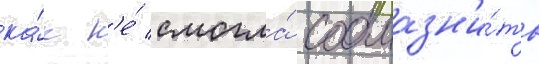
ка́к н'е́ смогла́ соблазн'и́ть